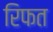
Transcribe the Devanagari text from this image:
रिफत